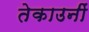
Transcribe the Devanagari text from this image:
तेकाउनीं